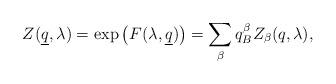
LaTeX: \begin{align*}Z(\underline{q},\lambda) = \exp\left(F(\lambda,\underline{q})\right) = \sum_{\beta} q_B^{\beta} Z_{\beta}(q,\lambda),\end{align*}